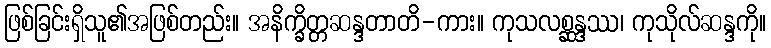
ဖြစ်ခြင်းရှိသူ၏အဖြစ်တည်း။ အနိက္ခိတ္တဆန္ဒတာတိ-ကား။ ကုသလစ္ဆန္ဒဿ၊ ကုသိုလ်ဆန္ဒကို။